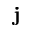
\mathbf { j }